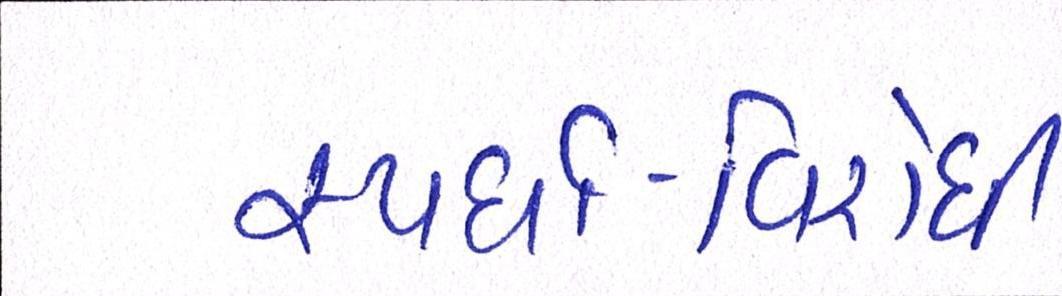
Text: સ્પર્ધા-વિરોધી